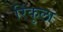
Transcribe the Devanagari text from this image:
रिंकुला